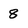
Character: 8